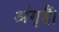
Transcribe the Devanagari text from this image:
अंगृहैं।